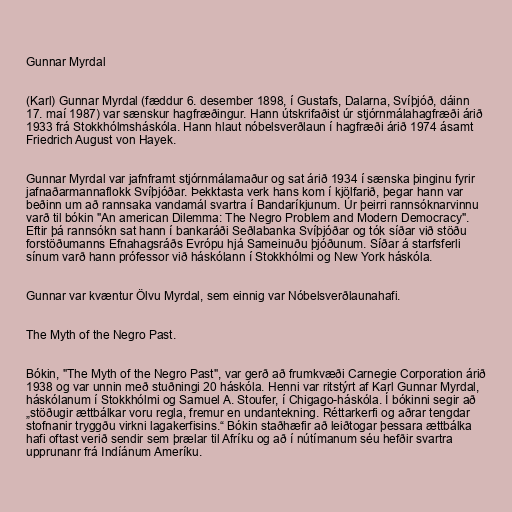
Gunnar Myrdal

(Karl) Gunnar Myrdal (fæddur 6. desember 1898, í Gustafs, Dalarna, Svíþjóð, dáinn
17. maí 1987) var sænskur hagfræðingur. Hann útskrifaðist úr stjórnmálahagfræði árið
1933 frá Stokkhólmsháskóla. Hann hlaut nóbelsverðlaun í hagfræði árið 1974 ásamt
Friedrich August von Hayek.

Gunnar Myrdal var jafnframt stjórnmálamaður og sat árið 1934 í sænska þinginu fyrir
jafnaðarmannaflokk Svíþjóðar. Þekktasta verk hans kom í kjölfarið, þegar hann var
beðinn um að rannsaka vandamál svartra í Bandaríkjunum. Úr þeirri rannsóknarvinnu
varð til bókin "An american Dilemma: The Negro Problem and Modern Democracy".
Eftir þá rannsókn sat hann í bankaráði Seðlabanka Svíþjóðar og tók síðar við stöðu
forstöðumanns Efnahagsráðs Evrópu hjá Sameinuðu þjóðunum. Síðar á starfsferli
sínum varð hann prófessor við háskólann í Stokkhólmi og New York háskóla.

Gunnar var kvæntur Ölvu Myrdal, sem einnig var Nóbelsverðlaunahafi.

The Myth of the Negro Past.

Bókin, "The Myth of the Negro Past", var gerð að frumkvæði Carnegie Corporation árið
1938 og var unnin með stuðningi 20 háskóla. Henni var ritstýrt af Karl Gunnar Myrdal,
háskólanum í Stokkhólmi og Samuel A. Stoufer, í Chigago-háskóla. Í bókinni segir að
„stöðugir ættbálkar voru regla, fremur en undantekning. Réttarkerfi og aðrar tengdar
stofnanir tryggðu virkni lagakerfisins.“ Bókin staðhæfir að leiðtogar þessara ættbálka
hafi oftast verið sendir sem þrælar til Afríku og að í nútímanum séu hefðir svartra
upprunanr frá Indíánum Ameríku.